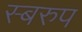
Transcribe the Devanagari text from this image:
स्बरुप